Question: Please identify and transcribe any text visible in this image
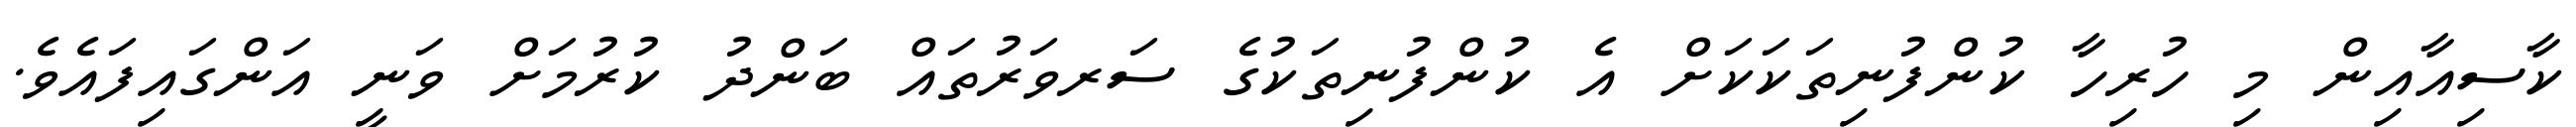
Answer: ކާސިއާއިން މި ހުރިހާ ކުންފުނިތަކަކަށް އެ ކުންފުނިތަކުގެ ސަރވަރުތައް ބަންދު ކުރުމަށް ވަނީ އަންގައިފައެވެ.